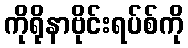
ကိုရိုနာဗိုင်းရပ်စ်ကို